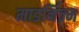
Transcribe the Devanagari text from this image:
माडर्निज़्म